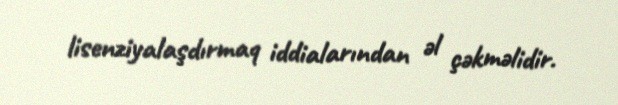
lisenziyalaşdırmaq iddialarından əl çəkməlidir.